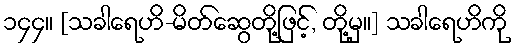
၁၄၄။ [သခါရေဟိ-မိတ်ဆွေတို့ဖြင့်, တို့မှ။] သခါရေဟိကို